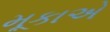
મૂકાએ